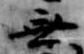
無